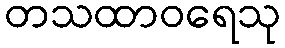
တသထာဝရေသု